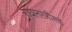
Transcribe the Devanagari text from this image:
राधानगरीसह